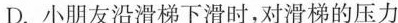
D. 小朋友沿滑梯下滑时，对滑梯的压力